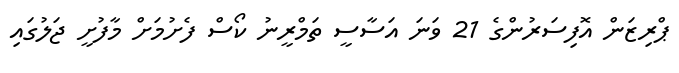
ޕްރިޒަން އޮފިސަރުންގެ 21 ވަނަ އަސާސީ ތަމްރީނު ކޯސް ފެށުމަށް މާފުށީ ޖަލުގައި